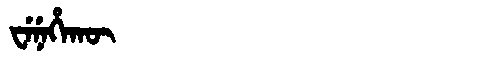
Manchu: ᠸᡝᠨᡝᡥᠠᡴᡡ
Romanization: WENEHAKŪ